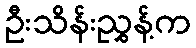
ဦးသိန်းညွှန့်က